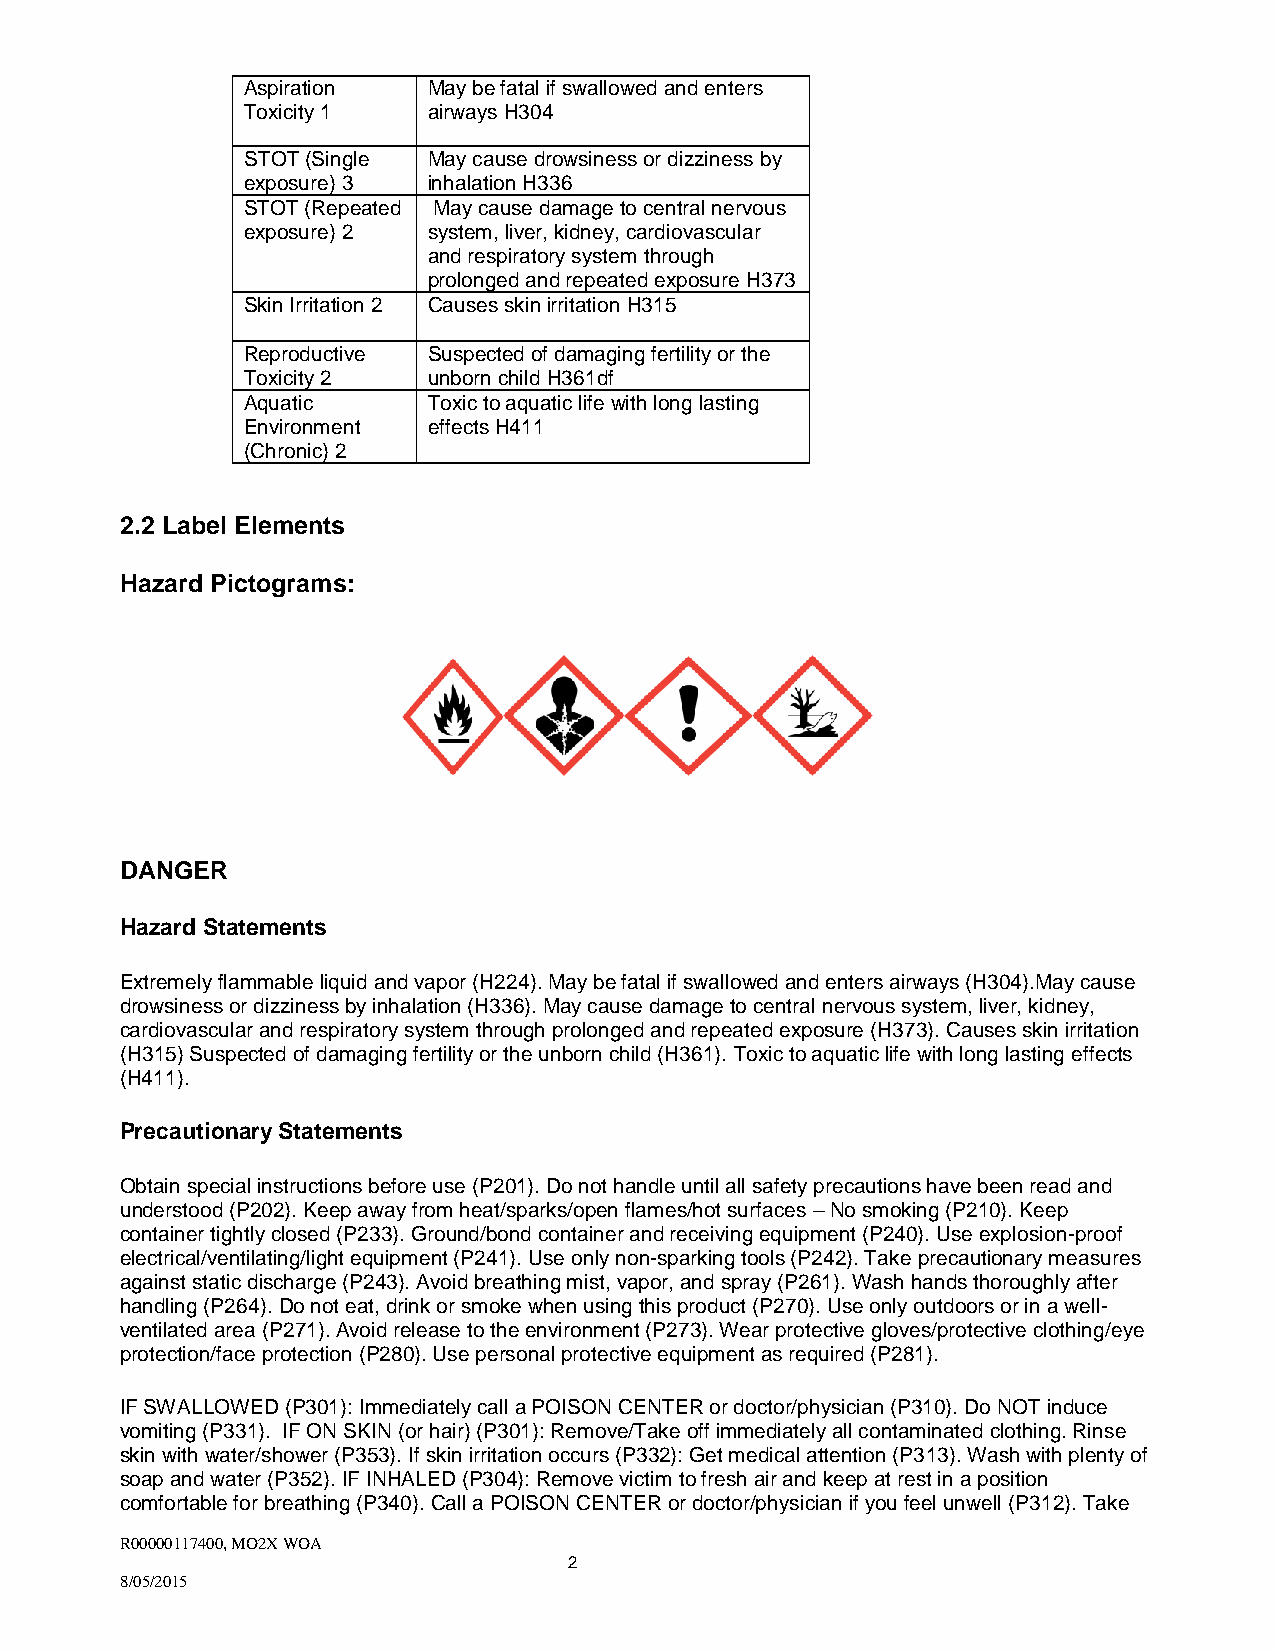
Aspiration  May be fatal if swallowed and enters
 Toxicity 1  airways H304
 STOT (Single May cause drowsiness or dizziness by
 exposure) 3 inhalation H336
 STOT (Repeated May cause damage to central nervous
 exposure) 2 system, liver, kidney, cardiovascular
 and respiratory system through
 prolonged and repeated exposure H373
 Skin Irritation 2 Causes skin irritation H315
 Reproductive Suspected of damaging fertility or the
 Toxicity 2  unborn child H361df
 Aquatic     Toxic to aquatic life with long lasting
 Environment effects H411
 (Chronic) 2
 2.2 Label Elements
 Hazard Pictograms:
 DANGER
 Hazard Statements
 Extremely flammable liquid and vapor (H224). May be fatal if swallowed and enters airways (H304).May cause
 drowsiness or dizziness by inhalation (H336). May cause damage to central nervous system, liver, kidney,
 cardiovascular and respiratory system through prolonged and repeated exposure (H373). Causes skin irritation
 (H315) Suspected of damaging fertility or the unborn child (H361). Toxic to aquatic life with long lasting effects
 (H411).
 Precautionary Statements
 Obtain special instructions before use (P201). Do not handle until all safety precautions have been read and
 understood (P202). Keep away from heat/sparks/open flames/hot surfaces – No smoking (P210). Keep
 container tightly closed (P233). Ground/bond container and receiving equipment (P240). Use explosion-proof
 electrical/ventilating/light equipment (P241). Use only non-sparking tools (P242). Take precautionary measures
 against static discharge (P243). Avoid breathing mist, vapor, and spray (P261). Wash hands thoroughly after
 handling (P264). Do not eat, drink or smoke when using this product (P270). Use only outdoors or in a well-
 ventilated area (P271). Avoid release to the environment (P273). Wear protective gloves/protective clothing/eye
 protection/face protection (P280). Use personal protective equipment as required (P281).
 IF SWALLOWED (P301): Immediately call a POISON CENTER or doctor/physician (P310). Do NOT induce
 vomiting (P331). IF ON SKIN (or hair) (P301): Remove/Take off immediately all contaminated clothing. Rinse
 skin with water/shower (P353). If skin irritation occurs (P332): Get medical attention (P313). Wash with plenty of
 soap and water (P352). IF INHALED (P304): Remove victim to fresh air and keep at rest in a position
 comfortable for breathing (P340). Call a POISON CENTER or doctor/physician if you feel unwell (P312). Take
 R00000117400, MO2X WOA
 2
 8/05/2015